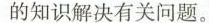
的知识解决有关问题